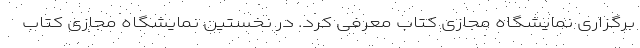
برگزاری نمایشگاه مجازی کتاب معرفی کرد. در نخستین نمایشگاه مجازی کتاب